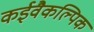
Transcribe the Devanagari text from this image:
कईवैकल्पिक